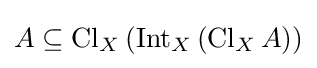
A\subseteq \operatorname {Cl} _{X}\left(\operatorname {Int} _{X}\left(\operatorname {Cl} _{X}A\right)\right)